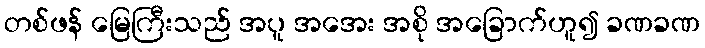
တစ်ဖန် မြေကြီးသည် အပူ အအေး အစို အခြောက်ဟူ၍ ခဏခဏ